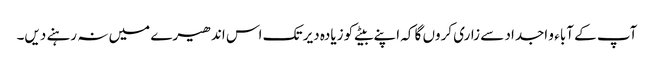
آپ کے آباء و اجداد سے زاری کروں گا کہ اپنے بیٹے کو زیادہ دیر تک اس اندھیرے میں نہ رہنے دیں۔